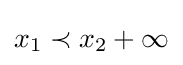
x_{1}\prec x_{2}+\infty